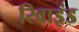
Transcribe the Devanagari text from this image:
रिवाइंड